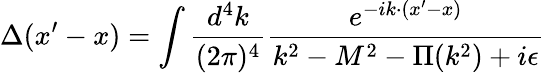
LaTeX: \Delta(x^{\prime}-x)=\int\frac{d^{4}k}{(2\pi)^{4}}\frac{e^{-ik\cdot(x^{\prime}-x)}}{k^{2}-M^{2}-\Pi(k^{2})+i\epsilon}